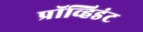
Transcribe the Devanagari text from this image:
प्रॉव्हिडंट